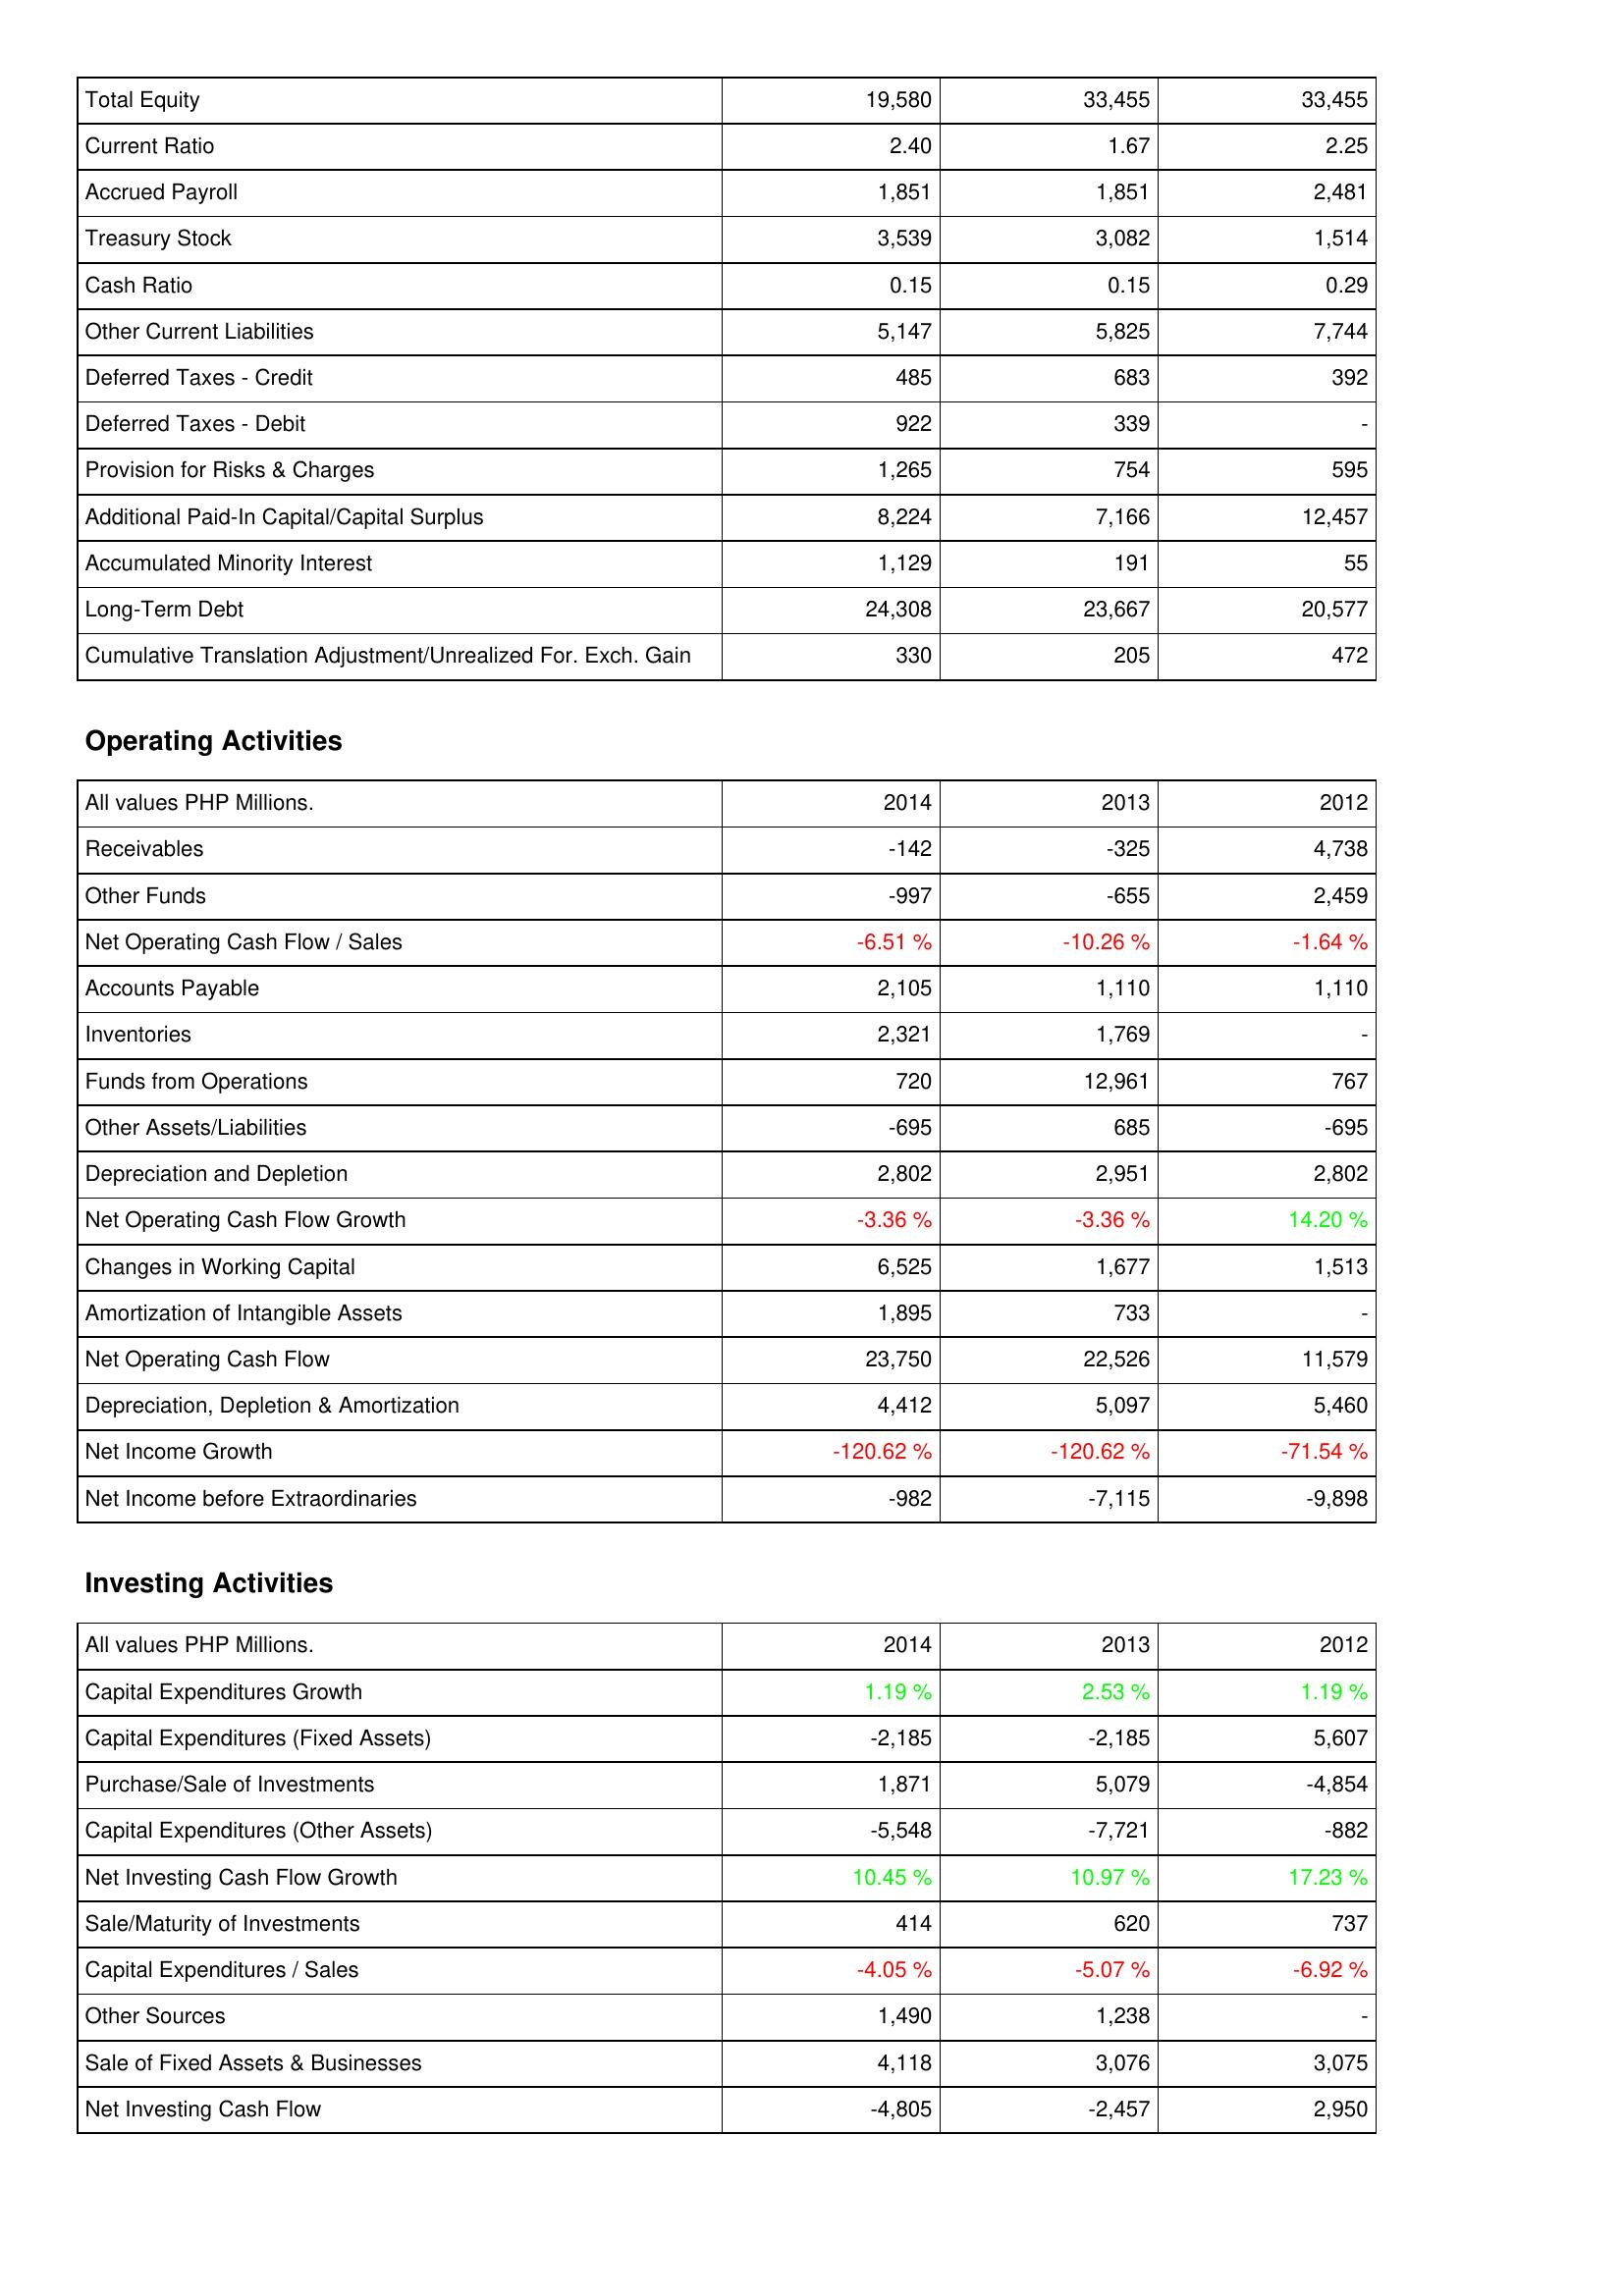
2014: Liabilities & Shareholders' Equity: Total Equity: 19,580
Current Ratio: 2.40
Accrued Payroll: 1,851
Treasury Stock: 3,539
Cash Ratio: 0.15
Other Current Liabilities: 5,147
Deferred Taxes - Credit: 485
Deferred Taxes - Debit: 922
Provision for Risks & Charges: 1,265
Additional Paid-In Capital/Capital Surplus: 8,224
Accumulated Minority Interest: 1,129
Long-Term Debt: 24,308
Cumulative Translation Adjustment/Unrealized For. Exch. Gain: 330
Operating Activities: Receivables: -142
Other Funds: -997
Net Operating Cash Flow / Sales: -6.51 %
Accounts Payable: 2,105
Inventories: 2,321
Funds from Operations: 720
Other Assets/Liabilities: -695
Depreciation and Depletion: 2,802
Net Operating Cash Flow Growth: -3.36 %
Changes in Working Capital: 6,525
Amortization of Intangible Assets: 1,895
Net Operating Cash Flow: 23,750
Depreciation, Depletion & Amortization: 4,412
Net Income Growth: -120.62 %
Net Income before Extraordinaries: -982
Investing Activities: Capital Expenditures Growth: 1.19 %
Capital Expenditures (Fixed Assets): -2,185
Purchase/Sale of Investments: 1,871
Capital Expenditures (Other Assets): -5,548
Net Investing Cash Flow Growth: 10.45 %
Sale/Maturity of Investments: 414
Capital Expenditures / Sales: -4.05 %
Other Sources: 1,490
Sale of Fixed Assets & Businesses: 4,118
Net Investing Cash Flow: -4,805
2013: Liabilities & Shareholders' Equity: Total Equity: 33,455
Current Ratio: 1.67
Accrued Payroll: 1,851
Treasury Stock: 3,082
Cash Ratio: 0.15
Other Current Liabilities: 5,825
Deferred Taxes - Credit: 683
Deferred Taxes - Debit: 339
Provision for Risks & Charges: 754
Additional Paid-In Capital/Capital Surplus: 7,166
Accumulated Minority Interest: 191
Long-Term Debt: 23,667
Cumulative Translation Adjustment/Unrealized For. Exch. Gain: 205
Operating Activities: Receivables: -325
Other Funds: -655
Net Operating Cash Flow / Sales: -10.26 %
Accounts Payable: 1,110
Inventories: 1,769
Funds from Operations: 12,961
Other Assets/Liabilities: 685
Depreciation and Depletion: 2,951
Net Operating Cash Flow Growth: -3.36 %
Changes in Working Capital: 1,677
Amortization of Intangible Assets: 733
Net Operating Cash Flow: 22,526
Depreciation, Depletion & Amortization: 5,097
Net Income Growth: -120.62 %
Net Income before Extraordinaries: -7,115
Investing Activities: Capital Expenditures Growth: 2.53 %
Capital Expenditures (Fixed Assets): -2,185
Purchase/Sale of Investments: 5,079
Capital Expenditures (Other Assets): -7,721
Net Investing Cash Flow Growth: 10.97 %
Sale/Maturity of Investments: 620
Capital Expenditures / Sales: -5.07 %
Other Sources: 1,238
Sale of Fixed Assets & Businesses: 3,076
Net Investing Cash Flow: -2,457
2012: Liabilities & Shareholders' Equity: Total Equity: 33,455
Current Ratio: 2.25
Accrued Payroll: 2,481
Treasury Stock: 1,514
Cash Ratio: 0.29
Other Current Liabilities: 7,744
Deferred Taxes - Credit: 392
Deferred Taxes - Debit: -
Provision for Risks & Charges: 595
Additional Paid-In Capital/Capital Surplus: 12,457
Accumulated Minority Interest: 55
Long-Term Debt: 20,577
Cumulative Translation Adjustment/Unrealized For. Exch. Gain: 472
Operating Activities: Receivables: 4,738
Other Funds: 2,459
Net Operating Cash Flow / Sales: -1.64 %
Accounts Payable: 1,110
Inventories: -
Funds from Operations: 767
Other Assets/Liabilities: -695
Depreciation and Depletion: 2,802
Net Operating Cash Flow Growth: 14.20 %
Changes in Working Capital: 1,513
Amortization of Intangible Assets: -
Net Operating Cash Flow: 11,579
Depreciation, Depletion & Amortization: 5,460
Net Income Growth: -71.54 %
Net Income before Extraordinaries: -9,898
Investing Activities: Capital Expenditures Growth: 1.19 %
Capital Expenditures (Fixed Assets): 5,607
Purchase/Sale of Investments: -4,854
Capital Expenditures (Other Assets): -882
Net Investing Cash Flow Growth: 17.23 %
Sale/Maturity of Investments: 737
Capital Expenditures / Sales: -6.92 %
Other Sources: -
Sale of Fixed Assets & Businesses: 3,075
Net Investing Cash Flow: 2,950